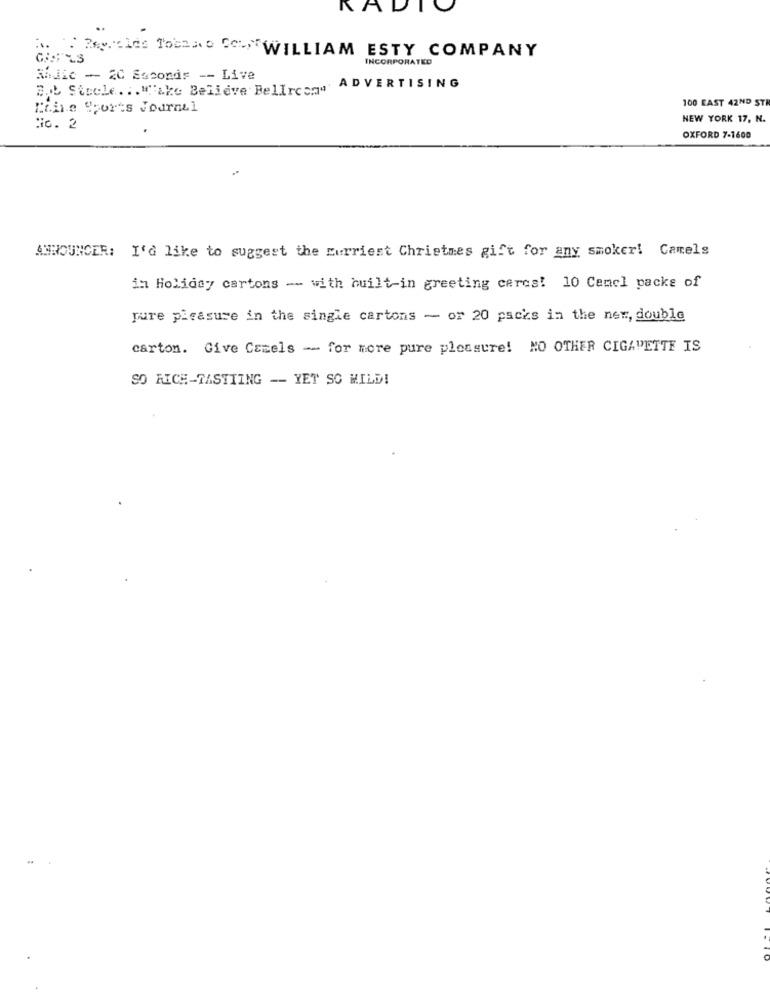
KA
A. : Zeynelde Tobeno Ce,WILLIAM ESTY COMPANY
INCORPORATED
SiJie - 20 Seconds -- Live
B.b Stocle ... "'ake Believe Bellrosa""'
,ADVERTISING
100 EAST 42ND ST
Chile Sports Journal
NEW YORK 17, N.
iG. 2
OXFORD 7-1600
ANNOUNCER: I'd like to suggest the Eurriest Christmas gift for any smoker! Camels
im Holiday cartons -- with built-in greeting cerca! 10 Cemcl packs of
pure pleasure in the single cartons - or 20 packs in the new, double
carton. Give Camels - for more pure pleasure! NO OTHER CIGARETTE IS
SO RICH-TASTIING -- YET SO MILD!